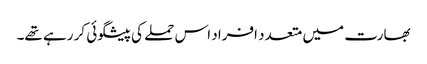
بھارت میں متعدد افراد اس حملے کی پیشگوئی کر رہے تھے۔